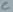
Text: C